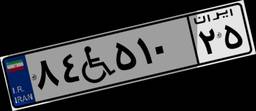
۳۳W۳۴۵۰۵